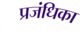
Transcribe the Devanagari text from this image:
प्रजंधिका